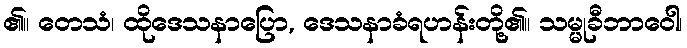
၏။ တေသံ၊ ထိုဒေသနာပြော, ဒေသနာခံရဟန်းတို့၏။ သမ္မုခီဘာဝေါ၊